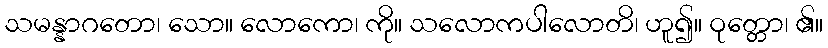
သမန္နာဂတော၊ သော။ လောကော၊ ကို။ သလောကပါလောတိ၊ ဟူ၍။ ဝုတ္တော၊ ၏။